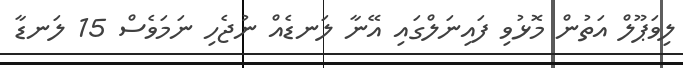
ލިވަޕޫލް އަތުން މޮޅުވި ފައިނަލްގައި އޭނާ ލަނޑެއް ނުޖެހި ނަމަވެސް 15 ލަނޑާ